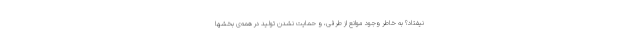
نیفتاد؟ به خاطر وجود موانع از طرفی، و حمایت نشدن تولید در همه‌ی بخشها